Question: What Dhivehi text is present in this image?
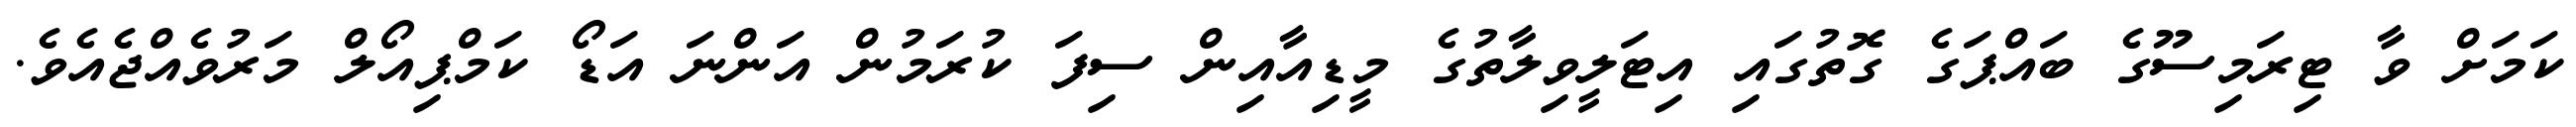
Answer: ކަމަށް ވާ ޓިރަމިސޫގެ ބައްޕަގެ ގޮތުގައި އިޓަލީވިލާތުގެ މީޑިއާއިން ސިފަ ކުރަމުން އަންނަ އަޑޯ ކަމްޕިއޯލް މަރުވެއްޖެއެވެ.